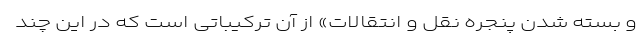
و بسته شدن پنجره نقل و انتقالات» از آن ترکیباتی است که در این چند